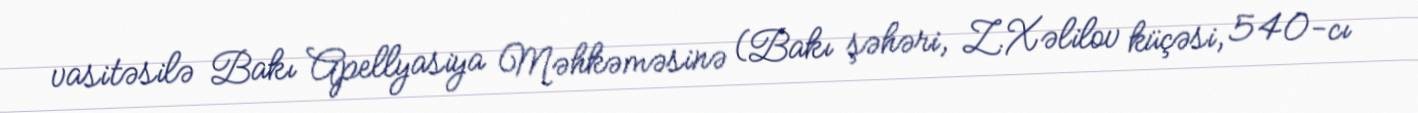
vasitəsilə Bakı Apellyasiya Məhkəməsinə (Bakı şəhəri, Z.Xəlilov küçəsi, 540-cı